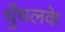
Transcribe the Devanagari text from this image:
धुँधलके